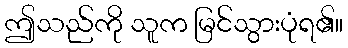
ဤသည်ကို သူက မြင်သွားပုံရ၏။